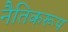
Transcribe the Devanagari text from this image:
नैतिकरूप